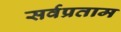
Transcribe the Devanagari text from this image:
सर्वप्रताम